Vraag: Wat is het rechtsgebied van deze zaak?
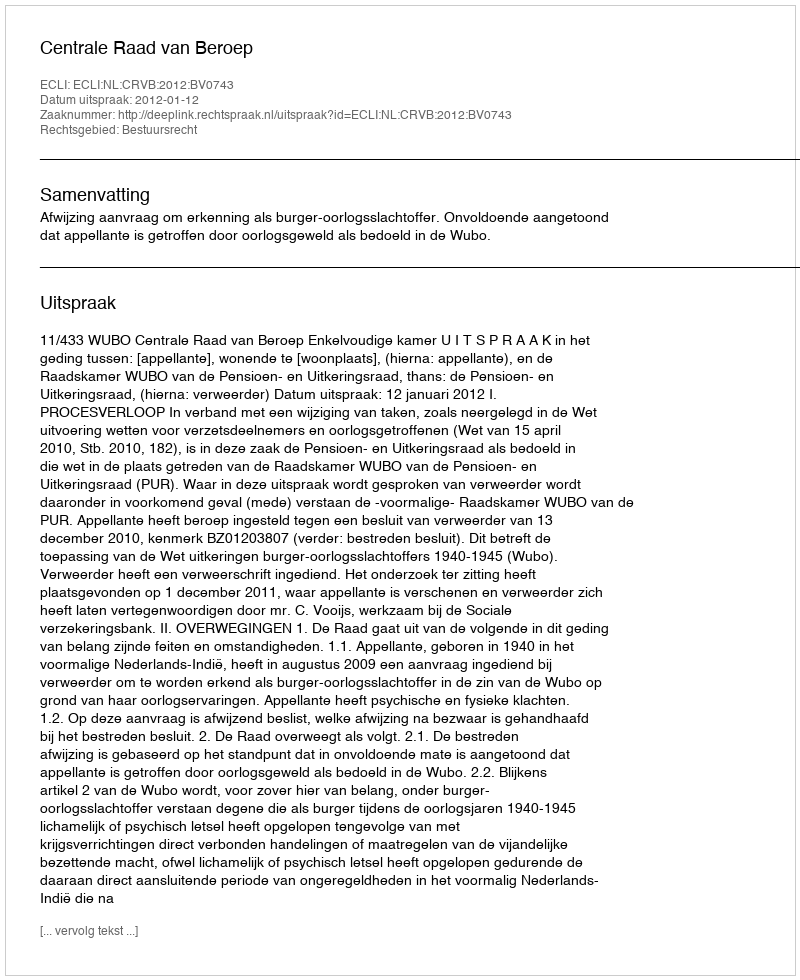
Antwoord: Bestuursrecht